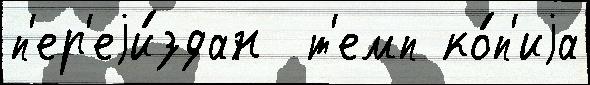
п'ер'еjи́здан  т'емп ко́п'иjа